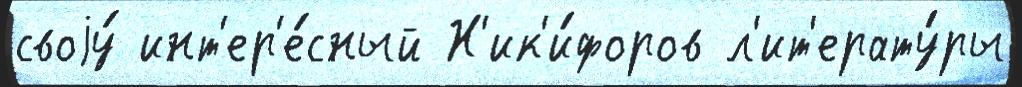
своjу́ инт'ер'е́сный Н'ик'и́форов л'ит'ерату́ры